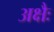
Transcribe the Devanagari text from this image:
अक्षैः